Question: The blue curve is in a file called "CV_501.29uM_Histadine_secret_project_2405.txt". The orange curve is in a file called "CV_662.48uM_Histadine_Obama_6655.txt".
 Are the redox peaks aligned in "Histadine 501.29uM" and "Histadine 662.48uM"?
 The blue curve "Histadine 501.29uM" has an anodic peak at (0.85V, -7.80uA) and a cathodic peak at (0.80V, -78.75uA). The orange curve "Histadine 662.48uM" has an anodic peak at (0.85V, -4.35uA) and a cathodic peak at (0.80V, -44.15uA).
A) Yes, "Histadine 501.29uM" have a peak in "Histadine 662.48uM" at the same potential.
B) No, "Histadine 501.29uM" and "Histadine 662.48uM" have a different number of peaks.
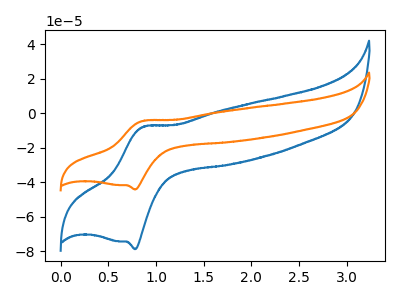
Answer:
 <answer>A) Yes, "Histadine 501.29uM" have a peak in "Histadine 662.48uM" at the same potential.</answer>
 <eval>A</eval>